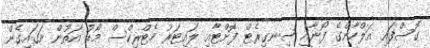
ގޮސްފައި އަލްހާންގެ ފޯނާއި ސިނގިރެޓް ފޮށްޓާއި ލައިޓަރު މެޓްރިކްސް މޯޑު އަތުން ނަގައިގެން